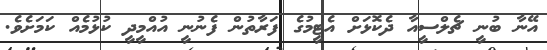
އޭނާ ބުނީ ޗެލްސީއާ ދެކޮޅަށް އެޓީމުގެ ފަރާތުން ފެނުނީ އުއްމީދީ ކުޅުމެއް ކަމަށެވެ.